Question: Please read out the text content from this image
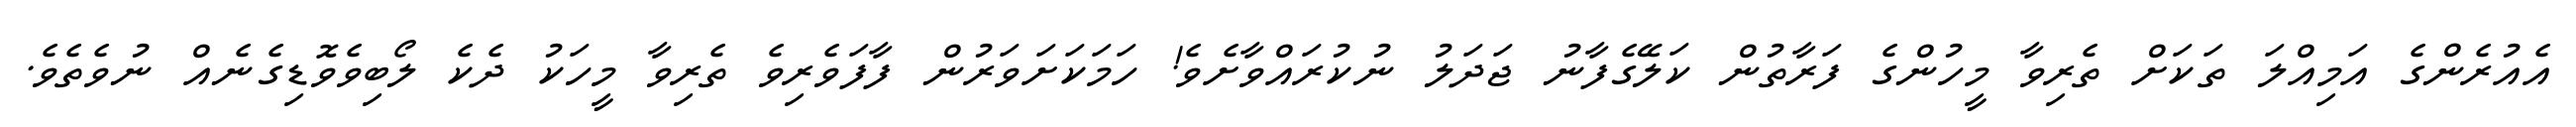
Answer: އެއުރެންގެ އަމިއްލަ ތަކަށް ތެރިވާ މީހުންގެ ފަރާތުން ކަލޭގެފާނު ޖަދަލު ނުކުރައްވާށެވެ! ހަމަކަށަވަރުން ފާފަވެރިވެ ތެރިވާ މީހަކު ދެކެ ލޯބިވެވޮޑިގެނެއް ނުވެތެވެ.